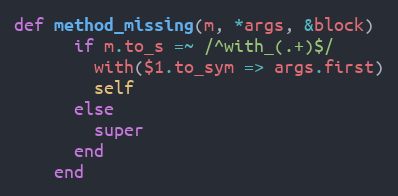
Language: Ruby
def method_missing(m, *args, &block)
      if m.to_s =~ /^with_(.+)$/
        with($1.to_sym => args.first)
        self
      else
        super
      end
    end